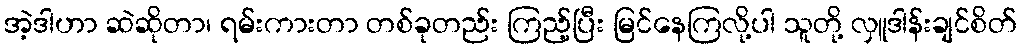
အဲ့ဒါဟာ ဆဲဆိုတာ၊ ရမ်းကားတာ တစ်ခုတည်း ကြည့်ပြီး မြင်နေကြလို့ပါ သူတို့ လှူဒါန်းချင်စိတ်